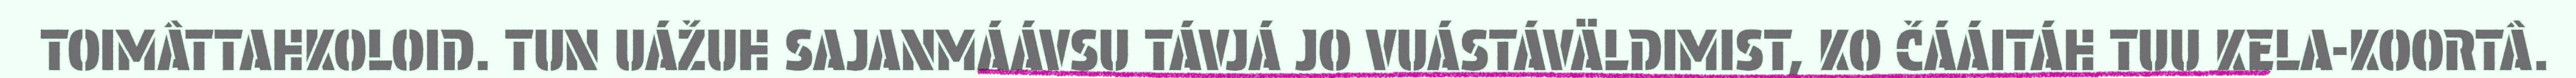
TOIMÂTTAHKOLOID. TUN UÁŽUH SAJANMÁÁVSU TÁVJÁ JO VUÁSTÁVÄLDIMIST, KO ČÁÁITÁH TUU KELA-KOORTÂ.